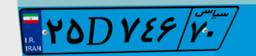
۵۸D۵۸۷۸۱